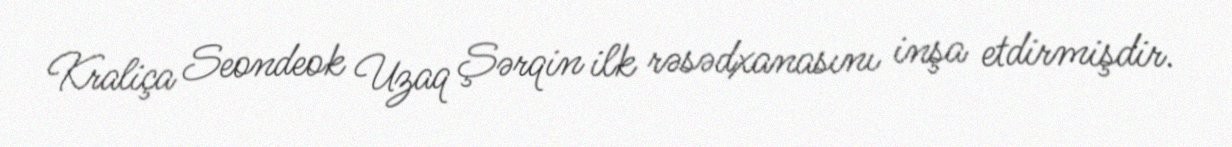
Kraliça Seondeok Uzaq Şərqin ilk rəsədxanasını inşa etdirmişdir.